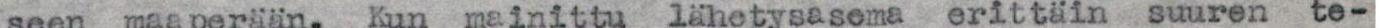
seen  maaperään. Kun mainittu  lähetysasema erittäin suuren  te-